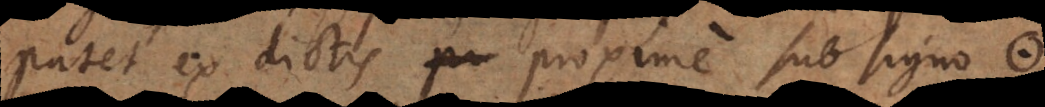
patet ex dictis proxime sub signo *